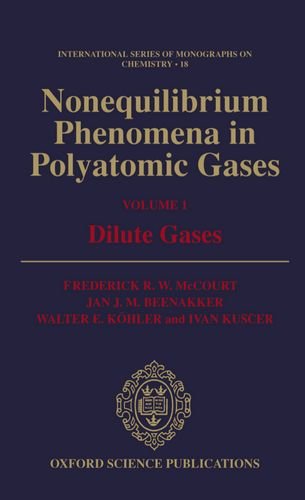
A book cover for Nonequilibrium Phenomena in Polyatomic Gases: Volume 1: Dilute Gases (International Series of Monographs on Chemistry); Frederick R. W. McCourt; Science & Math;